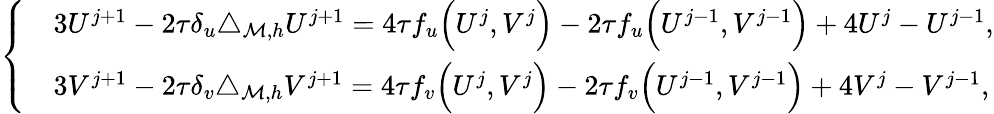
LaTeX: \left\{ \begin{array}{rl}&{3U^{j+1}-2\tau\delta_{u}\triangle_{{\mathcal{M}},h}U^{j+1}=4\tau f_{u}\Big(U^{j},V^{j}\Big)-2\tau f_{u}\Big(U^{j-1},V^{j-1}\Big)+4U^{j}-U^{j-1},}\\ &{3V^{j+1}-2\tau\delta_{v}\triangle_{{\mathcal{M}},h}V^{j+1}=4\tau f_{v}\Big(U^{j},V^{j}\Big)-2\tau f_{v}\Big(U^{j-1},V^{j-1}\Big)+4V^{j}-V^{j-1},}\end{array}\right.